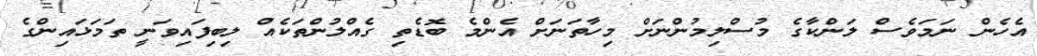
އެހެން ނަމަވެސް ލަންކާގެ މުސްލިމުންނަށް މިހާތަނަށް އެންމެ ބޮޑެތި ގެއްލުންތަކެއް ލިބިފައިވަނީ ތަމަޅައިންގެ